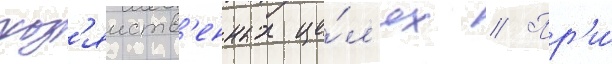
хоз'яиств'енных це́л'ях // Пр'и́